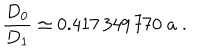
\frac { D _ { 0 } } { D _ { 1 } } \simeq 0 . 4 1 7 \, 3 4 9 \, 7 7 0 \; a \; .